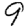
Digit: 9